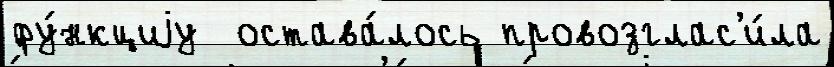
фу́нкциjу  остава́лось провозглас'и́ла